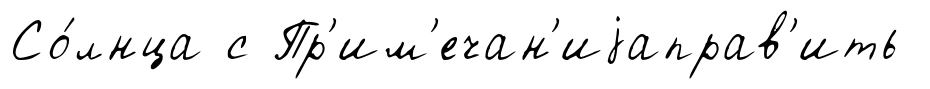
Со́лнца с Пр'им'ечан'иjаправ'ить